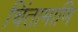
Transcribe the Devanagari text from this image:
चिंतामाणि